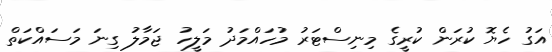
އަގު ހެޔޮ ކުރަން ކުރީގެ މިނިސްޓަރު މުހައްމަދު މަލީހު ޖަމާލު ގިނަ މަސައްކަތް